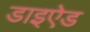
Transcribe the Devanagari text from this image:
डाइऐड